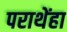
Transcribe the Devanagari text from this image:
पराथेंहा